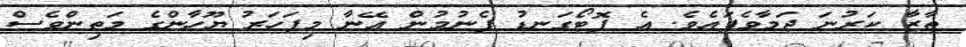
ތާޒާ ކަރުނަ ޖަމާވެފައެވެ. އެ ފޮޓޯގަނޑު ފެނުމުން އޭނާ މިފަހަރު ޔޫހާންގެ މަތިންވެސް